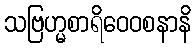
သဗြဟ္မစာရိဝေဝစနာနိ